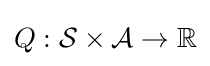
Q:{\mathcal {S}}\times {\mathcal {A}}\to \mathbb {R}